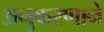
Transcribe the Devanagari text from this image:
अनुकरणाने